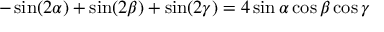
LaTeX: - \sin ( 2 \alpha ) + \sin ( 2 \beta ) + \sin ( 2 \gamma ) = 4 \sin \alpha \cos \beta \cos \gamma